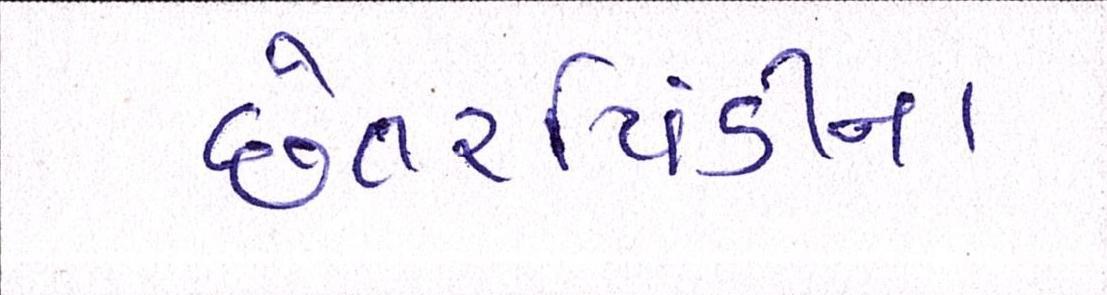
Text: છેતરપિંડીના